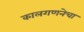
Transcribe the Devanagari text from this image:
कालगणनेचा